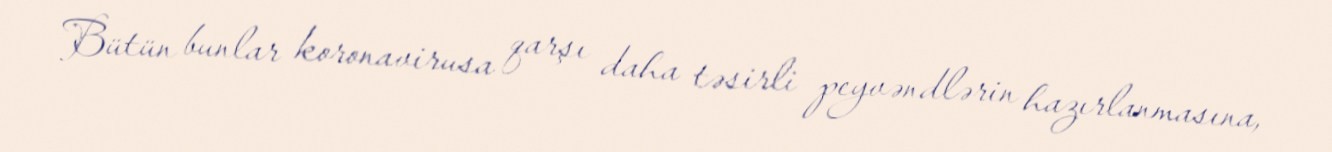
Bütün bunlar koronavirusa qarşı daha təsirli peyvəndlərin hazırlanmasına,